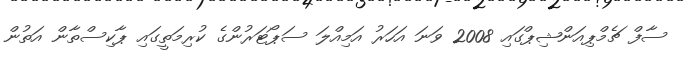
ސާފް ޗެމްޕިއަންޝިޕްގައި 2008 ވަނަ އަހަރު އަމިއްލަ ސަޕޯޓަރުންގެ ކުރިމަތީގައި ޕާކިސްތާން އަތުން